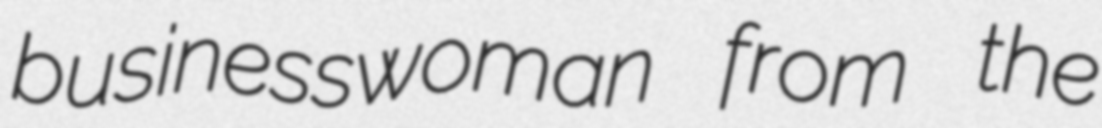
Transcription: businesswoman from the